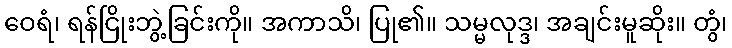
ဝေရံ၊ ရန်ငြိုးဘွဲ့ခြင်းကို။ အကာသိ၊ ပြု၏။ သမ္မလုဒ္ဒ၊ အချင်းမူဆိုး။ တွံ၊